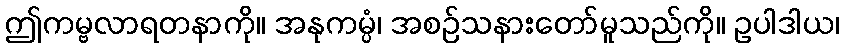
ဤကမ္ဗလာရတနာကို။ အနုကမ္ပံ၊ အစဉ်သနားတော်မူသည်ကို။ ဥပါဒါယ၊